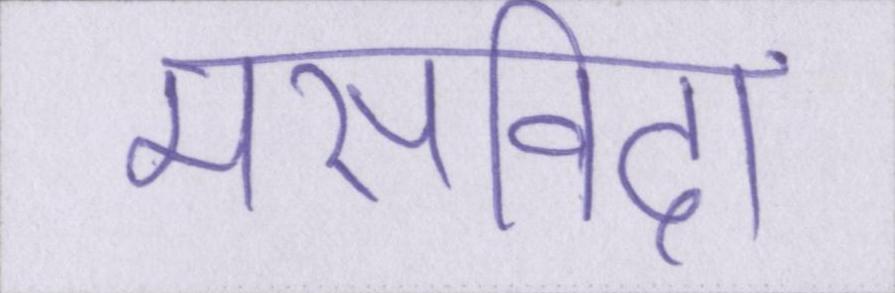
मसविदा